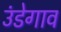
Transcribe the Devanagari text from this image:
उंडेगाव